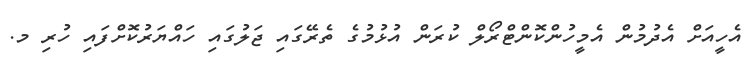
އެހީއަށް އެދުމުން އެމީހުންކޮންޓްރޯލް ކުރަން އުޅުމުގެ ތެރޭގައި ޖަލުގައި ހައްޔަރުކޮށްފައި ހުރި މ.